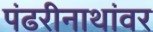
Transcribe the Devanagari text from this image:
पंढरीनाथांवर